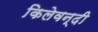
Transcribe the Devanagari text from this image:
किलेवन्दी